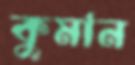
কুমান